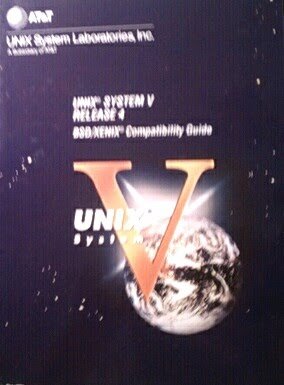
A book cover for Unix System V, Release 4: Bsd/Xenix Compatibility Guide; Computers & Technology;